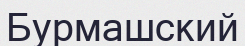
Бурмашский